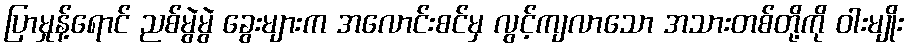
ပြာမှုန့်ရောင် ညစ်မွဲမွဲ ခွေးများက အလောင်းစင်မှ လွင့်ကျလာသော အသားတစ်တို့ကို ဝါးမျိုး